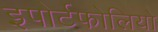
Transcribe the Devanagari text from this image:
इपोर्टफोलियो